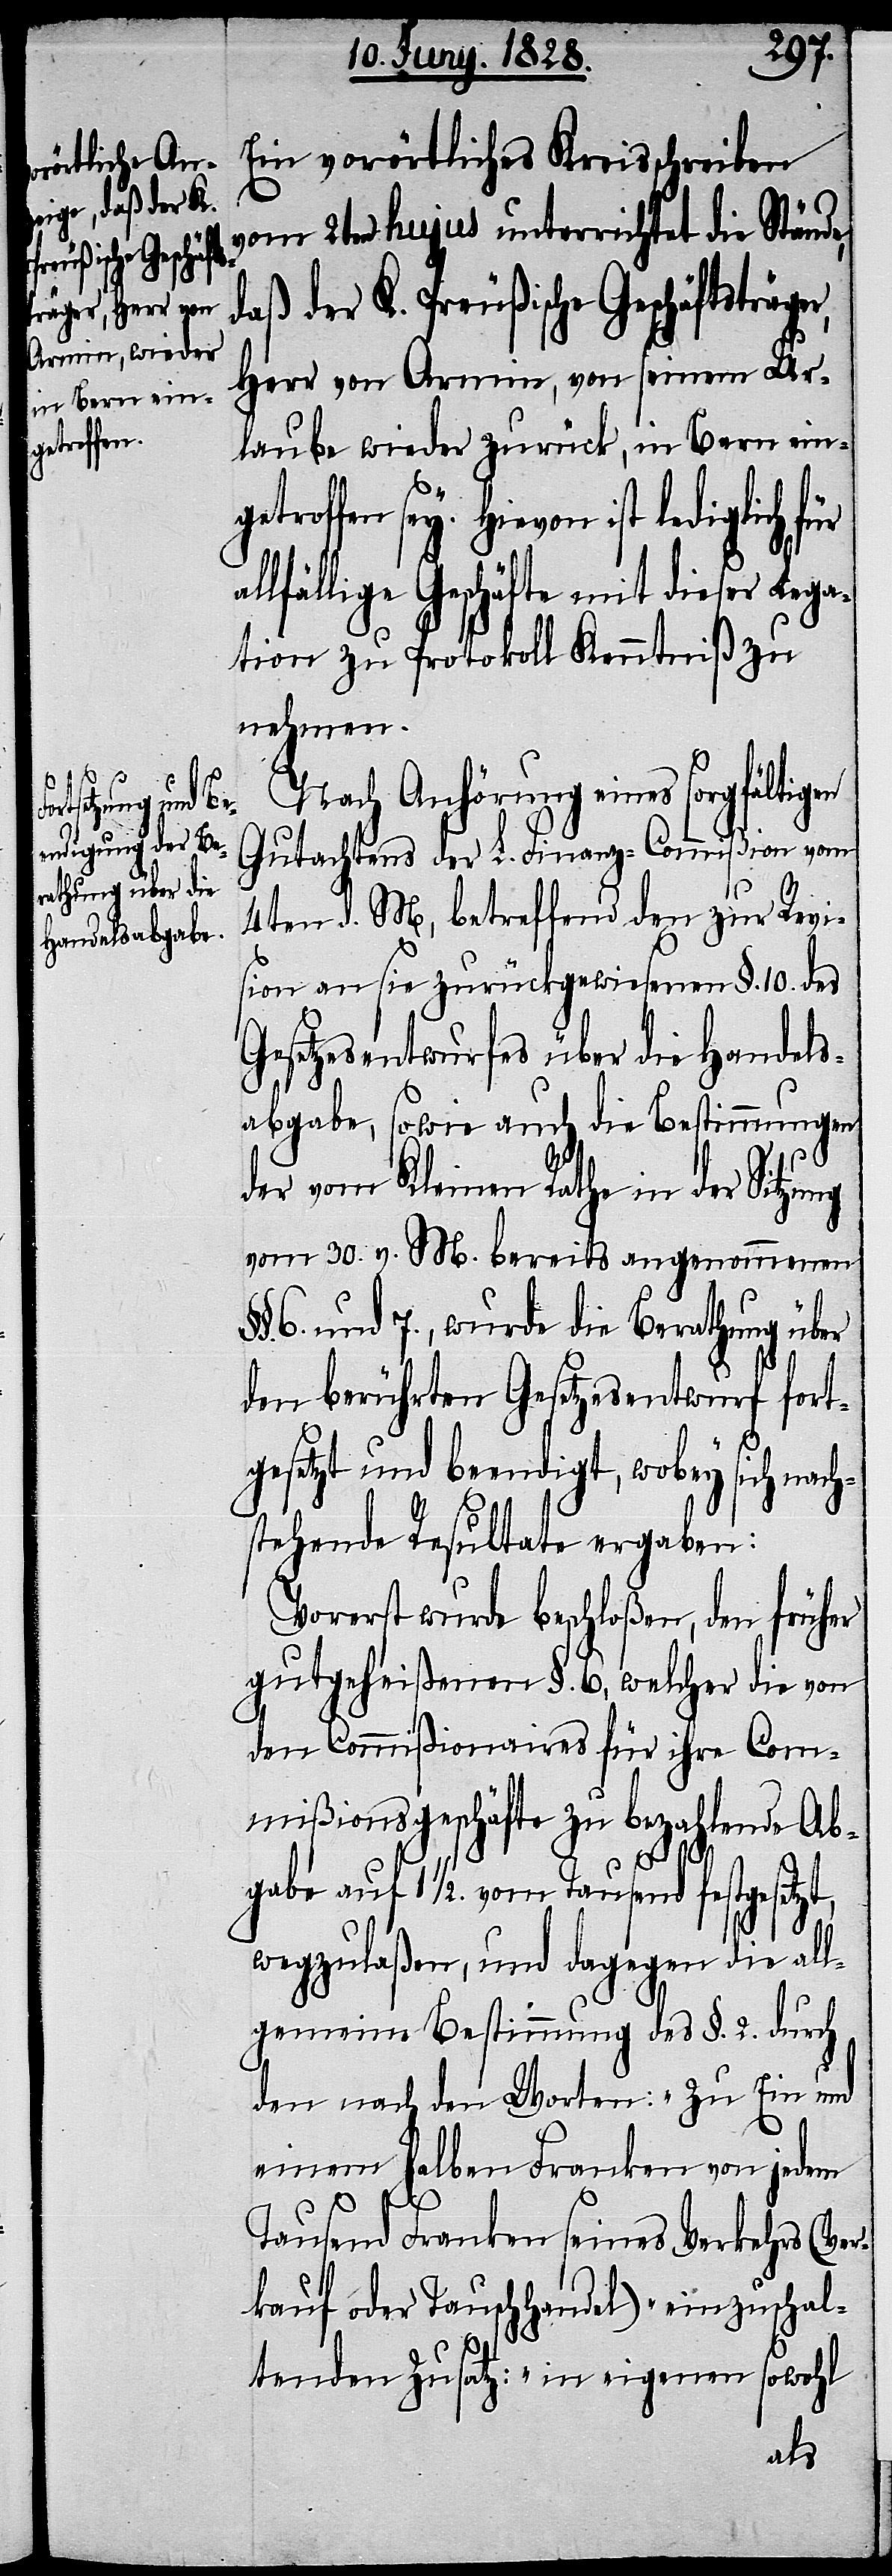
getroffen

Ein vorörtliches Kreisschreiben
vom 2ten hujus unterrichtet die Stände,
daß der K. Preußische Geschäftsträ¬
Herr von Armin, von seinem Ur¬
laube wieder zurück, in Bern ein¬
Hievon ist lediglich für
lfällige Geschäfte mit dieser Lega¬
tion zu Protokoll Kenntniß zu
nehmen.
Nach Anhörung eines sorgfältigen
Gutachtens der L. Finanz-Commißion vom
4ten d. M, betreffend den zur Revi¬
sion an sie zurückgewiesenen §. 10. des
Gesetzesentwurfes über die Handels¬
abgabe, sowie auch die Bestimmungen
der vom Kleinen Rathe in der Sitzung
vom 30. v. M. bereits angenommenen
6. und 7., wurde die Berathung über
den berührten Gesetzesentwurf fort¬
gesetzt und beendigt, wobey sich nach¬
stehende Resultate ergaben:
Vorerst wurde beschloßen, den früher
gutgeheißenen §. 6., welcher die von
den Commißionaires für ihre Com¬
mißionsgeschäfte zu bezahlende Ab¬
al¬
gabe auf 1 1/2. vom Tausend festgesetzt,
wegzulaßen, und dagegen die all¬
gemeine Bestimmung des §. 2. durch
den nach den Worten: „Zu Ein und
einem halben Franken von jedem
Tausend Franken seines Verkehrs (Ver¬
kauf oder Tauschhandel)“ einzuschal¬
tenden Zusatz: „in eigenen sowohl